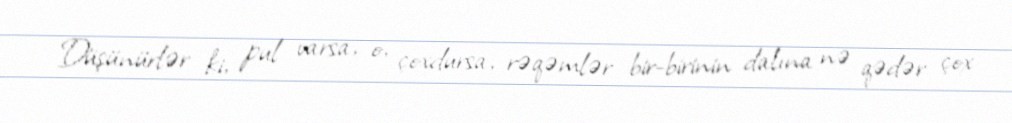
Düşünürlər ki, pul varsa, o, çoxdursa, rəqəmlər bir-birinin dalına nə qədər çox